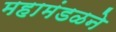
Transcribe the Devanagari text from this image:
महामंडळने